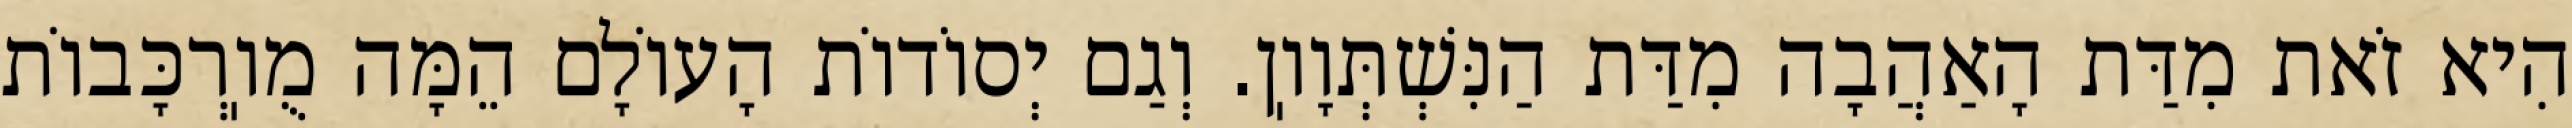
הִיא זֹאת מִדַּת הָאַהֲבָה מִדַּת הַנִּשְׁתְּוָוֽן. וְגַם יְסוֹדוֹת הָעוֹלָם הֵמָּה מֻוֽרְכָּבוֹת